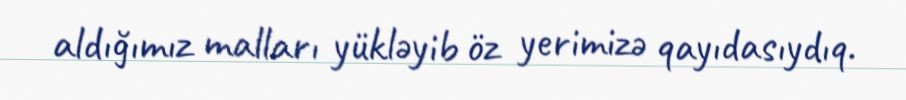
aldığımız malları yükləyib öz yerimizə qayıdasıydıq.